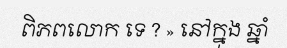
ពិភពលោក ទេ ? » នៅក្នុង ឆ្នាំ